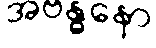
အဗန္ဓနော